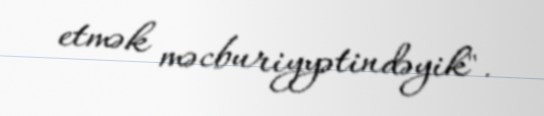
etmək məcburiyyətindəyik".